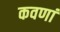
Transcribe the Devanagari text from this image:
कवणां